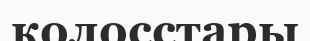
колосстары